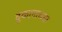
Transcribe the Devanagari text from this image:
दुकानाच्च्या